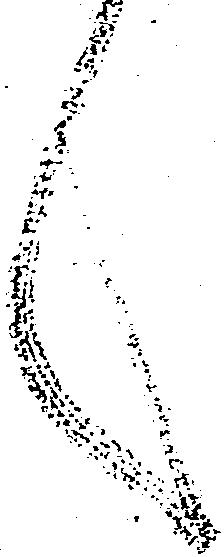
言